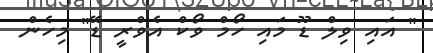
" އައި ވިލް ޑޫ މައި ހޯމް ވޯކް އެވްރީ ޑޭ" މިހެން